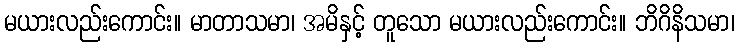
မယားလည်းကောင်း။ မာတာသမာ၊ အမိနှင့် တူသော မယားလည်းကောင်း။ ဘိဂိနိသမာ၊